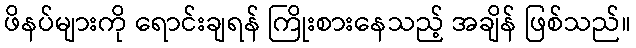
ဖိနပ်များကို ရောင်းချရန် ကြိုးစားနေသည့် အချိန် ဖြစ်သည်။